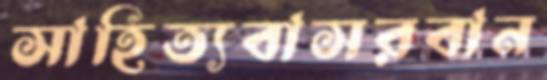
সাহিত্যবাসরবান